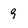
Character: 9